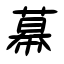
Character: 幕